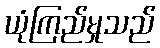
ယုံကြည်မှုသည်